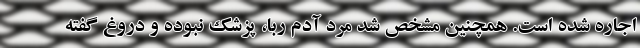
اجاره شده است. همچنین مشخص شد مرد آدم ربا، پزشک نبوده و دروغ گفته